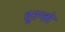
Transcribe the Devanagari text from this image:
दुरन्तो